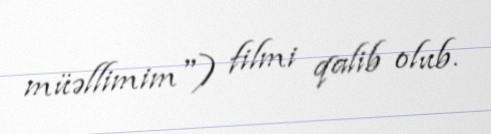
müəllimim") filmi qalib olub.